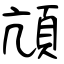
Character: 頏